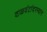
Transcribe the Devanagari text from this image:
वाळवंटांदरम्यान